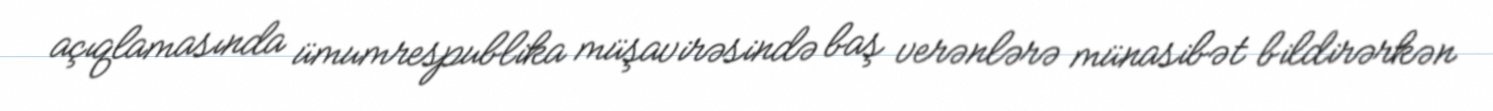
açıqlamasında ümumrespublika müşavirəsində baş verənlərə münasibət bildirərkən